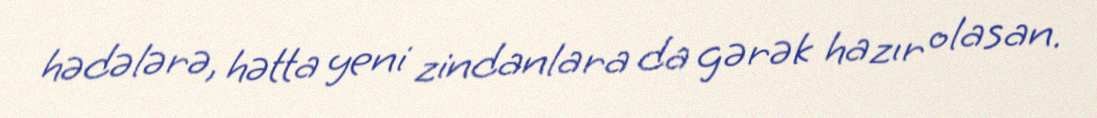
hədələrə, hətta yeni zindanlara da gərək hazır olasan.